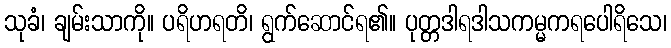
သုခံ၊ ချမ်းသာကို။ ပရိဟရတိ၊ ရွက်ဆောင်ရ၏။ ပုတ္တဒါရဒါသကမ္မကရပေါရိသေ၊